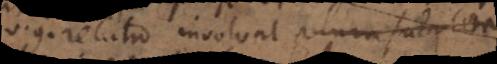
v.g. relatio involvat plura subjecta,